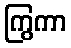
ကြွကာ